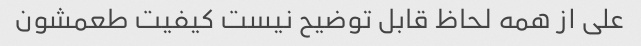
علی از همه لحاظ قابل توضیح نیست کیفیت طعمشون